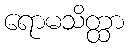
ရောမသိတ္ထာ